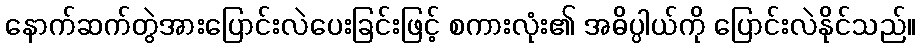
နောက်ဆက်တွဲအားပြောင်းလဲပေးခြင်းဖြင့် စကားလုံး၏ အဓိပ္ပါယ်ကို ပြောင်းလဲနိုင်သည်။